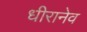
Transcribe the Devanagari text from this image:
धीरानेव